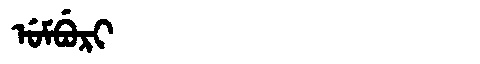
Manchu: ᡠᠮᠪᡠᡵᡳ
Romanization: UMBURI